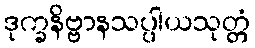
ဒုက္ခနိဗ္ဗာနသပ္ပါယသုတ္တံ